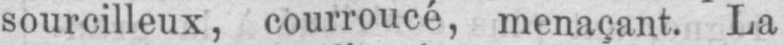
sourcilleux, courroucé, menaçant. La